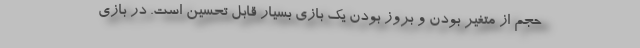
حجم از متغیر بودن و بروز بودن یک بازی بسیار قابل تحسین است. در بازی